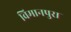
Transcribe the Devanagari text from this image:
विमानपुरा